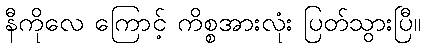
နီကိုလေ ကြောင့် ကိစ္စအားလုံး ပြတ်သွားပြီ။